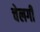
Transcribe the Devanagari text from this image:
चेलगी